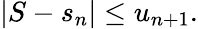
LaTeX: |S-s_{n}|\leq u_{n+1}.